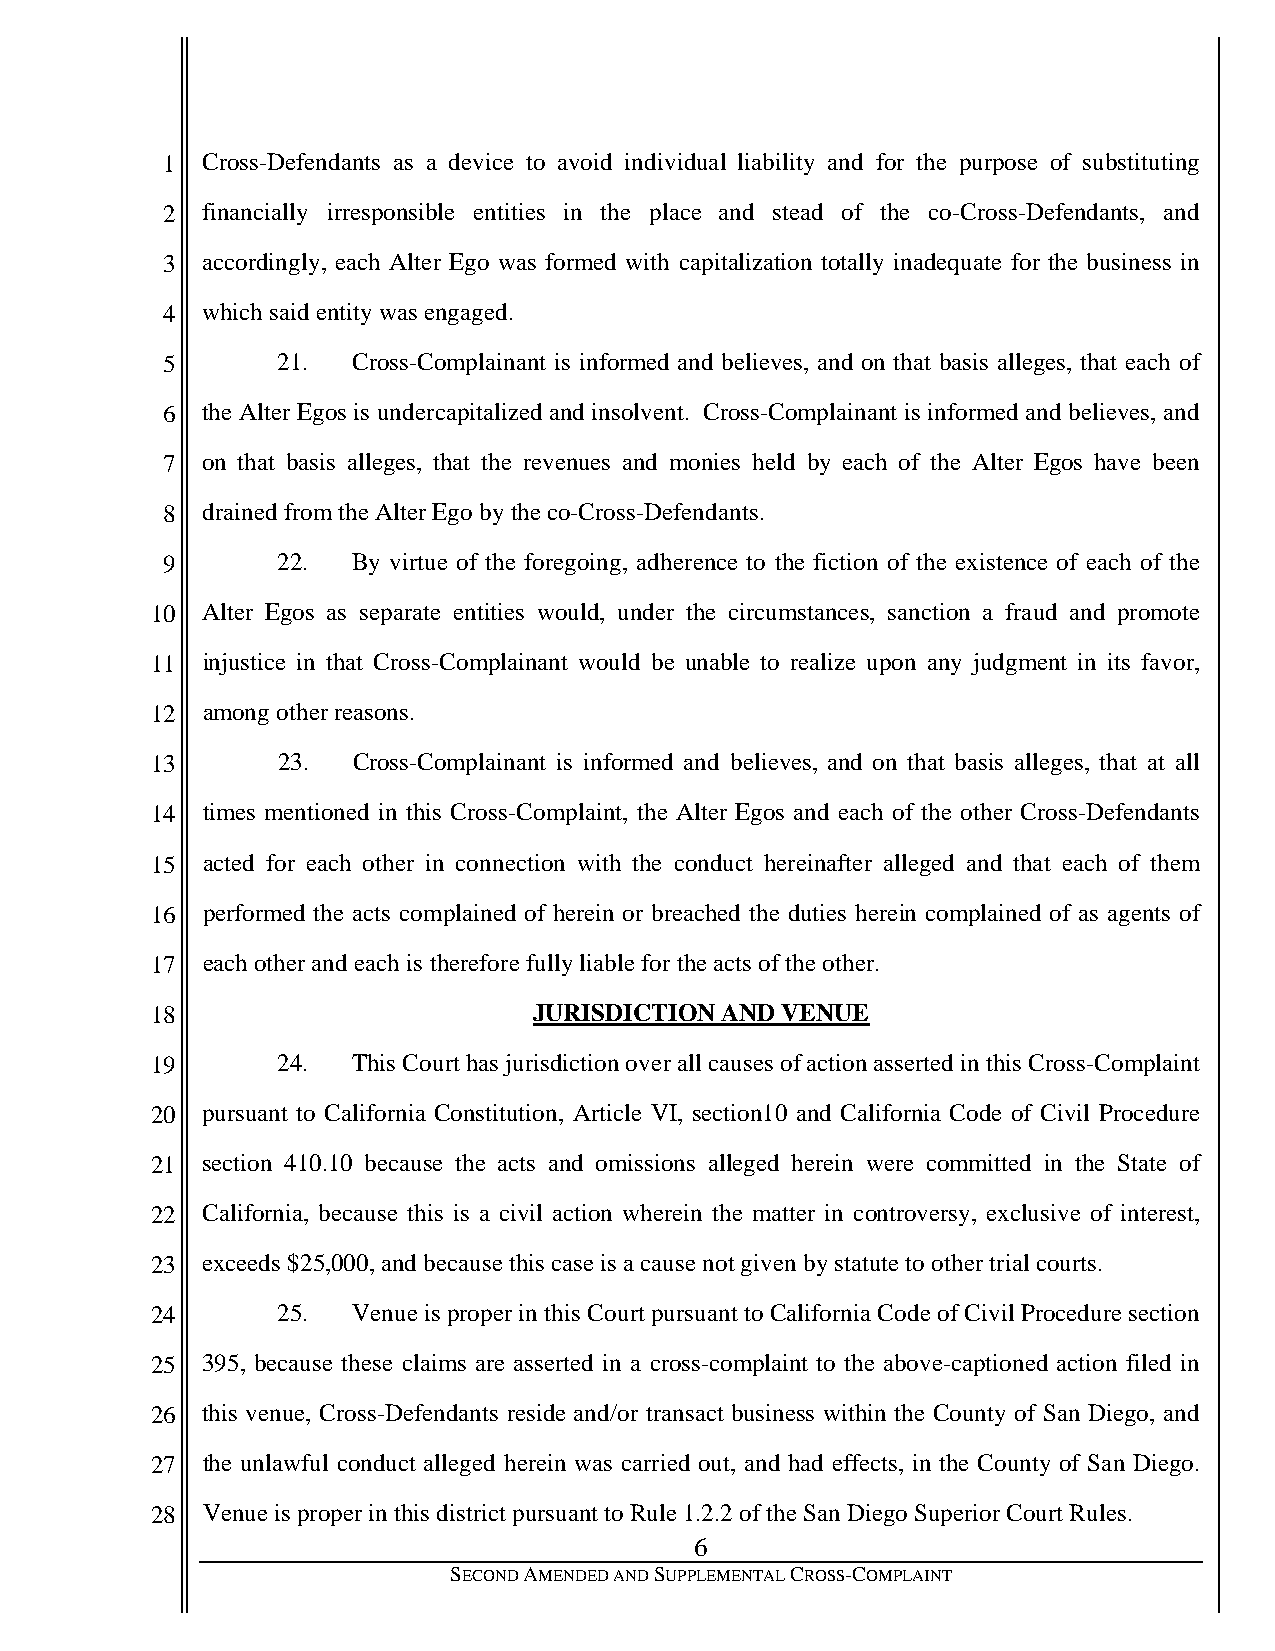
1 Cross-Defendants as a device to avoid individual liability and for the purpose of substituting
 2 financially irresponsible entities in the place and stead of the co-Cross-Defendants, and
 3 accordingly, each Alter Ego was formed with capitalization totally inadequate for the business in
 4 which said entity was engaged.
 5      21.  Cross-Complainant is informed and believes, and on that basis alleges, that each of
 6 the Alter Egos is undercapitalized and insolvent. Cross-Complainant is informed and believes, and
 7 on that basis alleges, that the revenues and monies held by each of the Alter Egos have been
 8 drained from the Alter Ego by the co-Cross-Defendants.
 9      22.  By virtue of the foregoing, adherence to the fiction of the existence of each of the
 10 Alter Egos as separate entities would, under the circumstances, sanction a fraud and promote
 11 injustice in that Cross-Complainant would be unable to realize upon any judgment in its favor,
 12 among other reasons.
 13      23.  Cross-Complainant is informed and believes, and on that basis alleges, that at all
 14 times mentioned in this Cross-Complaint, the Alter Egos and each of the other Cross-Defendants
 15 acted for each other in connection with the conduct hereinafter alleged and that each of them
 16 performed the acts complained of herein or breached the duties herein complained of as agents of
 17 each other and each is therefore fully liable for the acts of the other.
 18                       JURISDICTION AND VENUE
 19      24.  This Court has jurisdiction over all causes of action asserted in this Cross-Complaint
 20 pursuant to California Constitution, Article VI, section10 and California Code of Civil Procedure
 21 section 410.10 because the acts and omissions alleged herein were committed in the State of
 22 California, because this is a civil action wherein the matter in controversy, exclusive of interest,
 23 exceeds $25,000, and because this case is a cause not given by statute to other trial courts.
 24      25.  Venue is proper in this Court pursuant to California Code of Civil Procedure section
 25 395, because these claims are asserted in a cross-complaint to the above-captioned action filed in
 26 this venue, Cross-Defendants reside and/or transact business within the County of San Diego, and
 27 the unlawful conduct alleged herein was carried out, and had effects, in the County of San Diego.
 28 Venue is proper in this district pursuant to Rule 1.2.2 of the San Diego Superior Court Rules.
 6
 SECOND AMENDED AND SUPPLEMENTAL CROSS-COMPLAINT